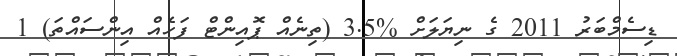
ޑިސެމްބަރު 2011 ގެ ނިޔަލަށް %3.5 (ތިނެއް ޕޮއިންޓް ފަހެއް އިންސައްތަ) 1